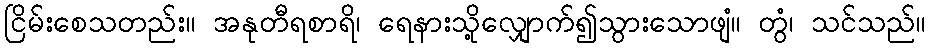
ငြိမ်းစေသတည်း။ အနုတီရစာရိ၊ ရေနားသို့လျှောက်၍သွားသောဖျံ။ တွံ၊ သင်သည်။